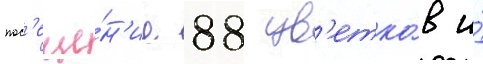
пос'еще́н'ие 88 цв'етко́в и́